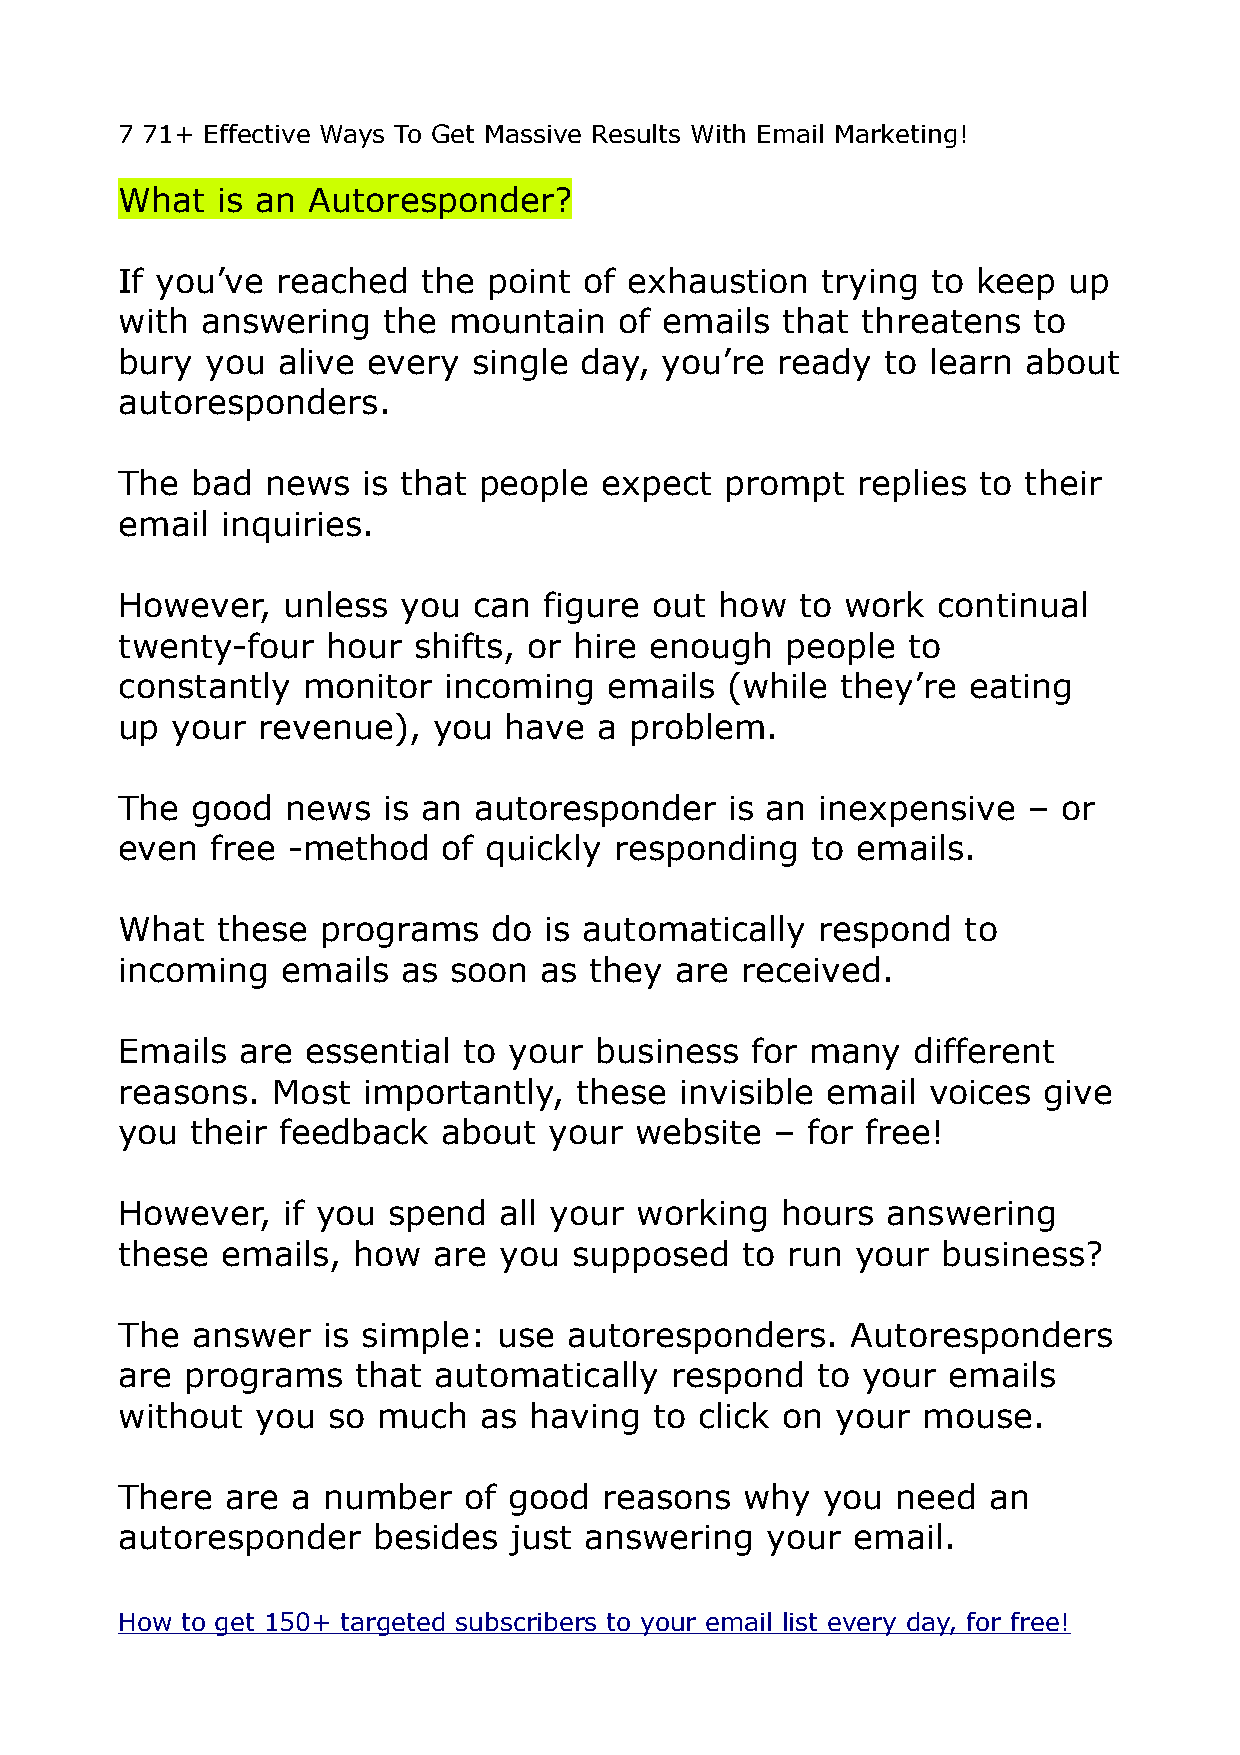
7 71+ Effective Ways To Get Massive Results With Email Marketing!
 What  is an Autoresponder?
 If you’ve reached   the point  of exhaustion  trying  to keep  up
 with answering   the  mountain   of emails  that threatens  to
 bury  you alive every  single day,  you’re ready   to learn about
 autoresponders.
 The  bad  news  is that people  expect  prompt   replies to their
 email  inquiries.
 However,   unless  you can  figure out  how  to work  continual
 twenty-four   hour shifts, or hire enough   people  to
 constantly  monitor  incoming   emails  (while  they’re eating
 up your  revenue),   you have   a problem.
 The  good  news  is an autoresponder    is an inexpensive   – or
 even  free -method   of quickly  responding   to emails.
 What  these  programs    do is automatically  respond   to
 incoming   emails  as soon  as they  are received.
 Emails  are essential  to your business   for many  different
 reasons.  Most  importantly,  these  invisible email voices  give
 you  their feedback  about  your  website  – for free!
 However,   if you spend  all your working   hours  answering
 these  emails, how   are you  supposed   to run  your business?
 The  answer  is simple:  use  autoresponders.   Autoresponders
 are programs    that automatically  respond   to your  emails
 without  you  so much   as having  to click on your  mouse.
 There  are a number    of good  reasons  why  you  need  an
 autoresponder    besides  just answering   your email.
 How to get 150+ targeted subscribers to your email list every day, for free!